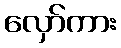
လှော်ကား